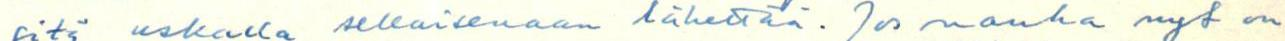
sitä uskalla sellaisenaan lähettää. Jos nauha nyt on